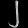
Digit: ၂